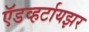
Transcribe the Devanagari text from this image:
ऍडव्हर्टायझर